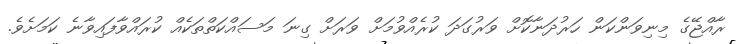
ރާއްޖޭގެ މިނިވަންކަން ހަރުދަނާކޮށް ވަރުގަދަ ކުރެއްވުމަށް ވަރަށް ގިނަ މަސައްކަތްތަކެއް ކުރައްވާފައިވާނެ ކަމަށެވެ.